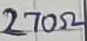
Text: 270Ω